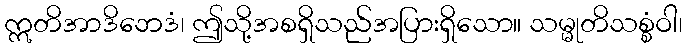
ဣတိအာဒိဘေဒံ၊ ဤသို့အစရှိသည်အပြားရှိသော။ သမ္မုတိသစ္စံဝါ၊